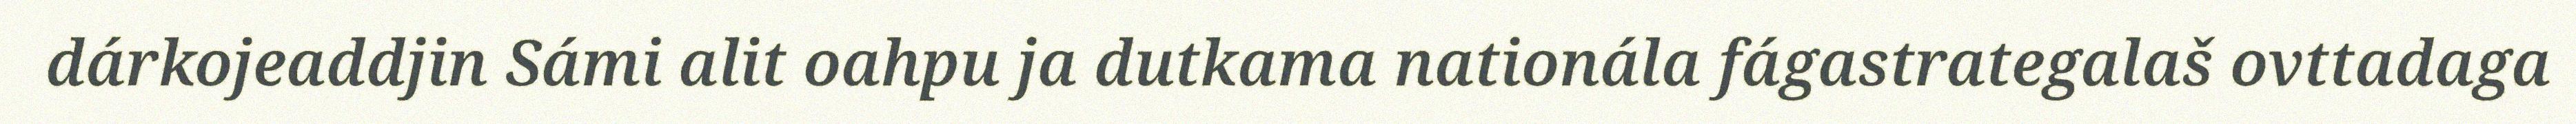
dárkojeaddjin Sámi alit oahpu ja dutkama nationála fágastrategalaš ovttadaga